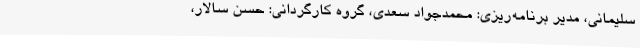
سلیمانی، مدیر برنامه‌ریزی: محمدجواد سعدی، گروه کارگردانی: حسن سالار،